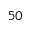
5 0